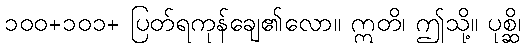
၁၀၀+၁၀၁+ ပြတ်ရကုန်ချေ၏လော။ ဣတိ၊ ဤသို့။ ပုစ္ဆိ၊